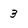
Character: 3